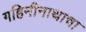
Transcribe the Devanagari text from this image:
गहिनीनाथाचा